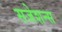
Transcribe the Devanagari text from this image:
सजेशन्स